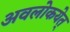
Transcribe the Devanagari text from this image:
अवलोकयेत्